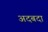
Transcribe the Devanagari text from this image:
अदबदा